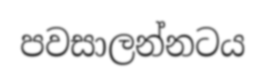
පවසාලන්නටය